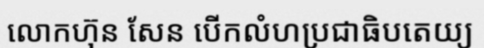
លោកហ៊ុន សែន បើកលំហប្រជាធិបតេយ្យ